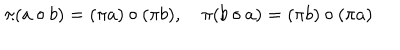
LaTeX: \pi ( a \circ b ) = ( \pi a ) \circ ( \pi b ) , \quad \pi ( b \circ a ) = ( \pi b ) \circ ( \pi a )